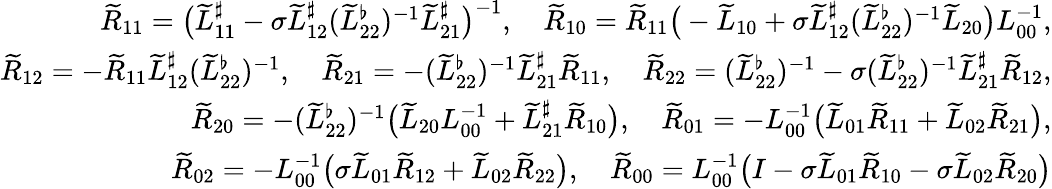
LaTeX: \begin{array}{r}{\widetilde{R}_{11}=\big(\widetilde{L}_{11}^{\sharp}-\sigma\widetilde{L}_{12}^{\sharp}(\widetilde{L}_{22}^{\flat})^{-1}\widetilde{L}_{21}^{\sharp}\big)^{-1},\quad\widetilde{R}_{10}=\widetilde{R}_{11}\big(-\widetilde{L}_{10}+\sigma\widetilde{L}_{12}^{\sharp}(\widetilde{L}_{22}^{\flat})^{-1}\widetilde{L}_{20}\big)L_{00}^{-1},}\\ {\widetilde{R}_{12}=-\widetilde{R}_{11}\widetilde{L}_{12}^{\sharp}(\widetilde{L}_{22}^{\flat})^{-1},\quad\widetilde{R}_{21}=-(\widetilde{L}_{22}^{\flat})^{-1}\widetilde{L}_{21}^{\sharp}\widetilde{R}_{11},\quad\widetilde{R}_{22}=(\widetilde{L}_{22}^{\flat})^{-1}-\sigma(\widetilde{L}_{22}^{\flat})^{-1}\widetilde{L}_{21}^{\sharp}\widetilde{R}_{12},}\\ {\widetilde{R}_{20}=-(\widetilde{L}_{22}^{\flat})^{-1}\big(\widetilde{L}_{20}L_{00}^{-1}+\widetilde{L}_{21}^{\sharp}\widetilde{R}_{10}\big),\quad\widetilde{R}_{01}=-L_{00}^{-1}\big(\widetilde{L}_{01}\widetilde{R}_{11}+\widetilde{L}_{02}\widetilde{R}_{21}\big),}\\ {\widetilde{R}_{02}=-L_{00}^{-1}\big(\sigma\widetilde{L}_{01}\widetilde{R}_{12}+\widetilde{L}_{02}\widetilde{R}_{22}\big),\quad\widetilde{R}_{00}=L_{00}^{-1}\big(I-\sigma\widetilde{L}_{01}\widetilde{R}_{10}-\sigma\widetilde{L}_{02}\widetilde{R}_{20}\big)}\end{array}